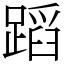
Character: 蹈